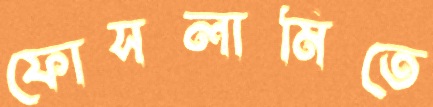
ফোসলামিতে